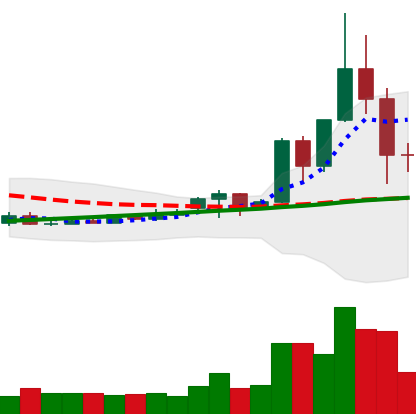
Ticker: TRX-USD
Chart end date: 2020-11-27
Forward return: 6.242%
Label: up_5_7